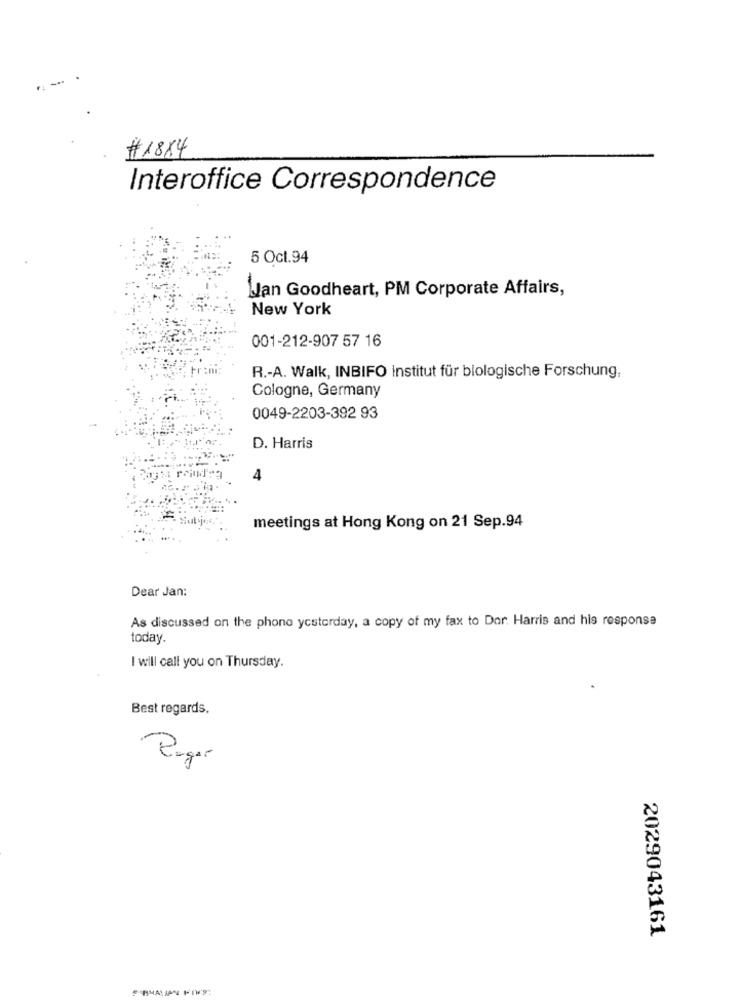
# 1884
Interoffice Correspondence
5 Oct.94
Man Goodheart, PM Corporate Affairs,
New York
001-212-907 57 16
R .- A. Walk, INBIFO Institut für biologische Forschung,
Cologne, Germany
0049-2203-392 93
D. Harris
4
meetings at Hong Kong on 21 Sep.94
Dear Jan:
As discussed on the phone yesterday, a copy of my fax to Dor. Harris and his response
today.
I will call you on Thursday.
Best regards,
Pagar
2029043161
BMALAN KIW'S: